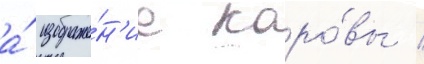
а́ изображе́н'ие коро́вы /